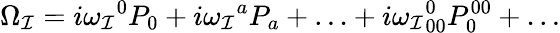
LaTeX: \Omega_{\cal I}=i{\omega_{\cal I}}^{0}P_{0}+i{\omega_{\cal I}}^{a}P_{a}+\ldots+i{\omega_{\cal I}}_{00}^{0}P_{0}^{00}+\ldots